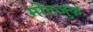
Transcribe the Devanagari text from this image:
मोंटजुक